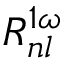
R _ { n l } ^ { 1 \omega }